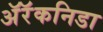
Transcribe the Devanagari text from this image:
अॅरॅकनिडा